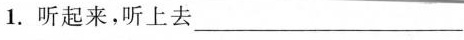
1.听起来，听上去 _____2.停留_____